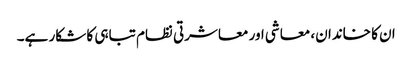
ان کا خاندان، معاشی اور معاشرتی نظام تباہی کا شکار ہے۔